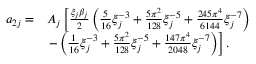
\begin{array} { r l } { a _ { 2 j } = } & { A _ { j } \left[ \frac { \xi _ { j } \beta _ { j } } { 2 } \left( \frac { 5 } { 1 6 } \xi _ { j } ^ { - 3 } + \frac { 5 \pi ^ { 2 } } { 1 2 8 } \xi _ { j } ^ { - 5 } + \frac { 2 4 5 \pi ^ { 4 } } { 6 1 4 4 } \xi _ { j } ^ { - 7 } \right) \right. } \\ & { \left. - \left( \frac { 1 } { 1 6 } \xi _ { j } ^ { - 3 } + \frac { 5 \pi ^ { 2 } } { 1 2 8 } \xi _ { j } ^ { - 5 } + \frac { 1 4 7 \pi ^ { 4 } } { 2 0 4 8 } \xi _ { j } ^ { - 7 } \right) \right] . } \end{array}